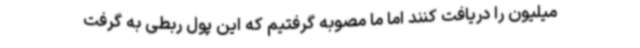
میلیون را دریافت کنند اما ما مصوبه گرفتیم که این پول ربطی به گرفت